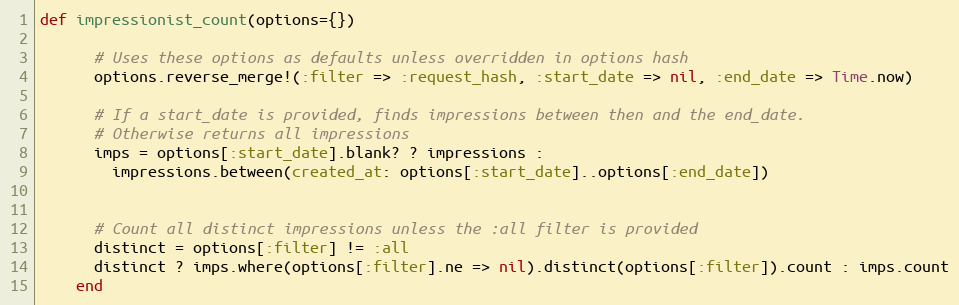
Language: Ruby
def impressionist_count(options={})

      # Uses these options as defaults unless overridden in options hash
      options.reverse_merge!(:filter => :request_hash, :start_date => nil, :end_date => Time.now)

      # If a start_date is provided, finds impressions between then and the end_date.
      # Otherwise returns all impressions
      imps = options[:start_date].blank? ? impressions :
        impressions.between(created_at: options[:start_date]..options[:end_date])

      # Count all distinct impressions unless the :all filter is provided
      distinct = options[:filter] != :all
      distinct ? imps.where(options[:filter].ne => nil).distinct(options[:filter]).count : imps.count
    end